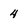
Character: 4